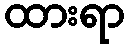
ထားရာ